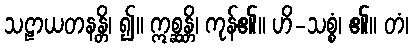
သဠာယတနန္တိ၊ ၍။ ဣစ္ဆန္တိ၊ ကုန်၏။ ဟိ-သစ္စံ၊ ၏။ တံ၊